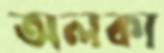
অলকা